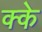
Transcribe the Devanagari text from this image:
क्के